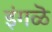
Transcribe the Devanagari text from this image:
इंगळॆ